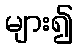
များ၍